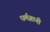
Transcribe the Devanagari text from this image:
धर्मज्ञानी